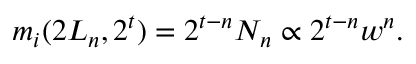
m _ { i } ( 2 L _ { n } , 2 ^ { t } ) = 2 ^ { t - n } N _ { n } \propto 2 ^ { t - n } w ^ { n } .